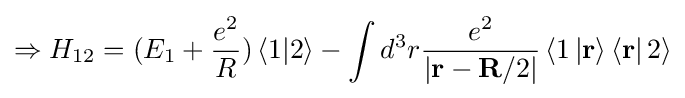
\Rightarrow {{H}_{12}}=({{E}_{1}}+{\frac {{e}^{2}}{R}})\left\langle 1|2\right\rangle -\int {{{d}^{3}}r}{\frac {{e}^{2}}{\left|\mathbf {r} -\mathbf {R} /2\right|}}\left\langle 1\left|\mathbf {r} \right\rangle \left\langle \mathbf {r} \right|2\right\rangle